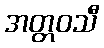
အတ္တဝသီ